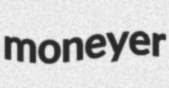
moneyer